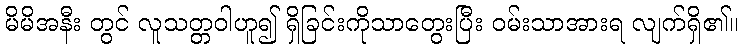
မိမိအနီး တွင် လူသတ္တဝါဟူ၍ ရှိခြင်းကိုသာတွေးပြီး ဝမ်းသာအားရ လျက်ရှိ၏။